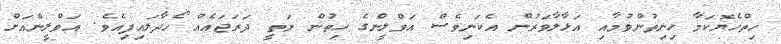
ހިތްހެޔޮކަމާ ހިނިތުންވުމާއި އަޅާލާވަރުން އެކަނިވެސް އަވްލީންގެ ހިތުން މަތީ ދަރަޖައެއް ހޯދާލައިފިއެވެ. އަވްލީންއަށް